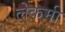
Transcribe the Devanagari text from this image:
लेकमी